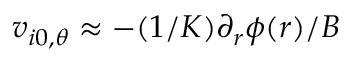
v _ { i 0 , \theta } \approx - ( 1 / K ) \partial _ { r } \phi ( r ) / B